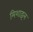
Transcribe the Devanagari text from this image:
मिशाइल